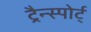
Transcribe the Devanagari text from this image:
ट्रैन्स्पोर्ट्